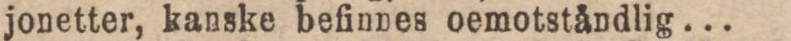
jonetter, kanske befinnes oemotståndlig ...